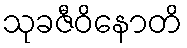
သုခဇီဝိနောတိ